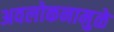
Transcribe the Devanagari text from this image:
अवलोकनामुळे